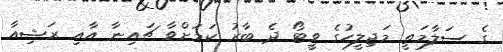
ގެ ސަލާމަތީ މަޖިލީހުގެ ވީޓޯ ދެ ބާރު ކަމަށްވާ ޗައިނާ އާއި ރަޝިއާ